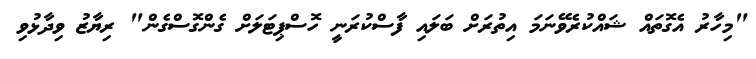
"މިހާރު އެގޮތައް ޝައްކުރެވޭނަމަ އިތުރަށް ބަލައި ފާސްކުރަނީ ހޮސްޕިޓަލަށް ގެންގޮސްގެން" ރިޔާޒު ވިދާޅުވި